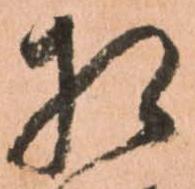
相